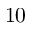
1 0